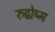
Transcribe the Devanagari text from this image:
रुद्वोष्म